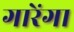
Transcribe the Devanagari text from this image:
गारेंगा